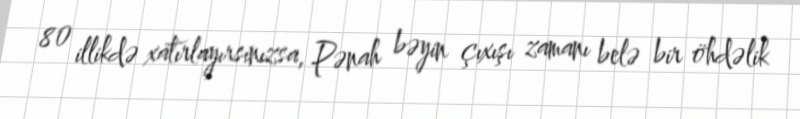
80 illikdə xatırlayırsınızsa, Pənah bəyin çıxışı zamanı belə bir öhdəlik